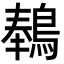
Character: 䳞